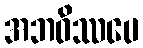
အဘဝိဿပေ